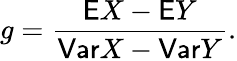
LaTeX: g=\frac{\mathsf EX-\mathsf EY}{\mathsf{Var}X-\mathsf{Var}Y}.